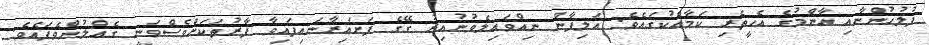
ފުލުހުންނާއި އާންމުގެ އެހީތެރި ކަމާއެކުގައެވެ. އަލިފާން ނިއްވައިލެވުނުއިރު ގޭގެ ފަށައިރާނައިފައިވާ ފާރުތަކަށްވެސްވަނީ ގެއްލުންވެފައެވެ.